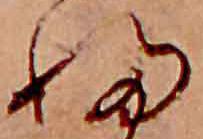
ふ